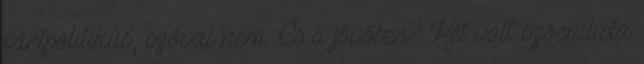
pártpolitikus, szóval nem. És a jövőben? Két volt szocialista